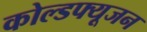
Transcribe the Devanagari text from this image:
कोल्डफ्यूजन